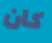
كان